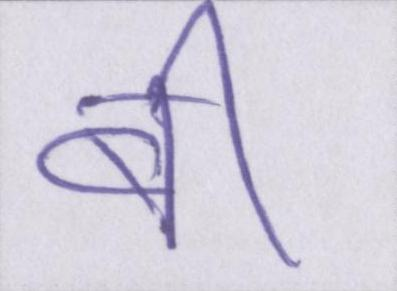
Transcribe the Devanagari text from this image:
बी